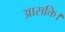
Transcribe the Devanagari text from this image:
आसक्ति।